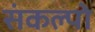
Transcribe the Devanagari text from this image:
संकल्पो